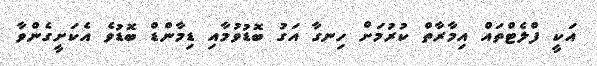
އަކީ ފްލެޓްތައް އިމާރާތް ކުރުމަށް ހިނގާ އަގު ބޮޑުވުމާއި ޑިމާންޑް ބޮޑުވެ އެކަށީގެންވާ